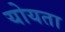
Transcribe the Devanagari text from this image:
योयता